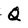
Character: Q